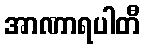
အာဏာရပါတီ